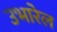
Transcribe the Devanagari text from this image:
उभारेल